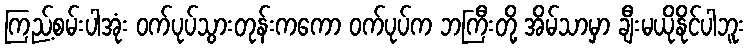
ကြည့်စမ်းပါအုံး ဝက်ပုပ်သွားတုန်းကကော ဝက်ပုပ်က ဘကြီးတို့ အိမ်သာမှာ ချီးမယိုနိုင်ပါဘူး